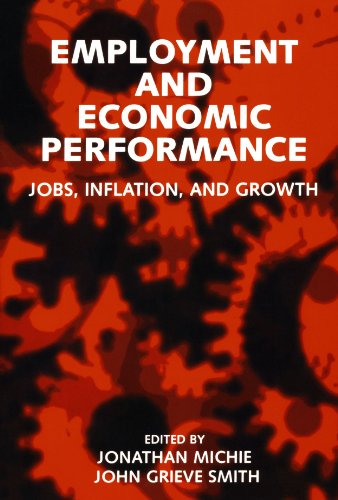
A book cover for Employment and Economic Performance: Jobs, Inflation, and Growth; Business & Money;